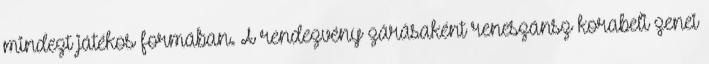
mindezt játékos formában. A rendezvény zárásaként reneszánsz korabeli zenei